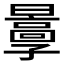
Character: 𡦬